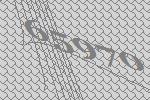
65970